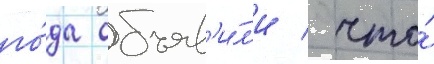
го́да объяв'и́л'и / что́